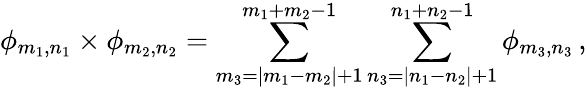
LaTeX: \phi_{m_{1},n_{1}}\times\phi_{m_{2},n_{2}}=\sum_{m_{3}=|m_{1}-m_{2}|+1}^{m_{1}+m_{2}-1}\sum_{n_{3}=|n_{1}-n_{2}|+1}^{n_{1}+n_{2}-1}\phi_{m_{3},n_{3}}\, ,